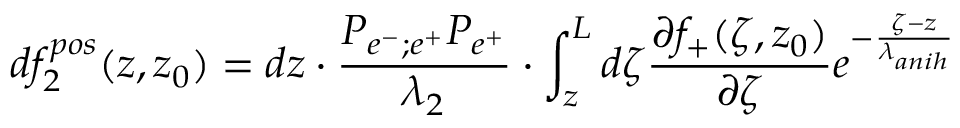
d f _ { 2 } ^ { p o s } ( z , z _ { 0 } ) = d z \cdot \frac { P _ { e ^ { - } ; e ^ { + } } P _ { e ^ { + } } } { \lambda _ { 2 } } \cdot \int _ { z } ^ { L } d \zeta \frac { \partial f _ { + } ( \zeta , z _ { 0 } ) } { \partial \zeta } e ^ { - \frac { \zeta - z } { \lambda _ { a n i h } } }